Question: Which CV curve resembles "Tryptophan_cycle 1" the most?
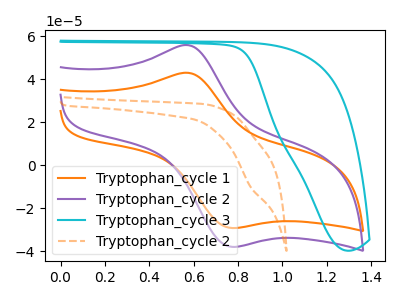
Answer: <think>The orange curve "Tryptophan_cycle 1" has an anodic peak at (0.60V, 42.90uA) and a cathodic peak at (0.75V, -29.20uA). The purple curve "Tryptophan_cycle 2" has an anodic peak at (0.60V, 55.75uA) and a cathodic peak at (0.75V, -37.95uA). The cyan curve "Tryptophan_cycle 3" has no peaks. The orange dashed curve "Tryptophan_cycle 2" has a cathodic peak at: (0.85V, -10.20uA).
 All the peaks in "Tryptophan_cycle 1" have a peak in "Tryptophan_cycle 2" at the same potential. Every peak in "Tryptophan_cycle 1" is lower than every peak in "Tryptophan_cycle 2". "Tryptophan_cycle 1" and "Tryptophan_cycle 3" have a different number of peaks. "Tryptophan_cycle 1" and "Tryptophan_cycle 2" have a different number of peaks. "Tryptophan_cycle 2" and "Tryptophan_cycle 3" have a different number of peaks. "Tryptophan_cycle 2" and "Tryptophan_cycle 2" have a different number of peaks. "Tryptophan_cycle 3" and "Tryptophan_cycle 2" have a different number of peaks.</think>
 <answer>The CV with the most similar shape to "Tryptophan_cycle 2" is "Tryptophan_cycle 1".</answer>
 <eval>"Tryptophan_cycle 1"</eval>